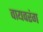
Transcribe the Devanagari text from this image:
वायवरंग